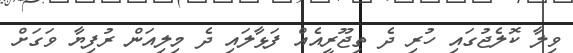
ވިލާ ކޮލެޖުގައި ހުރި ދެ ތިޖޫރީއެއް ފަޅާލައި ދެ މިލިއަން ރުފިޔާ ވަގަށް